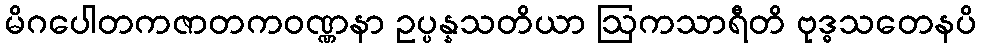
မိဂပေါတကဇာတကဝဏ္ဏနာ ဥပ္ပန္နသတိယာ ဩကသာရီတိ ဗုဒ္ဓသတေနပိ